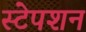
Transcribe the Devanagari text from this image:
स्‍टेपशन